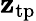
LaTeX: \mathbf{z}_{\mathrm{{tp}}}